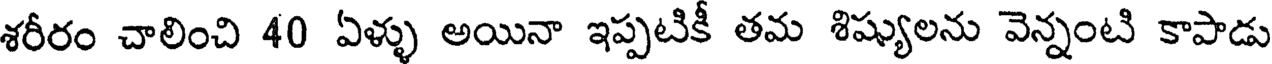
శరీరం చాలించి 40 ఏళ్ళు అయినా ఇప్పటికీ తమ శిష్యులను వెన్నంటి కాపాడు